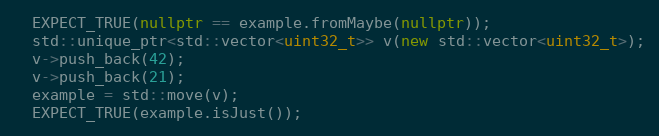
Language: C++
  EXPECT_TRUE(nullptr == example.fromMaybe(nullptr));
  std::unique_ptr<std::vector<uint32_t>> v(new std::vector<uint32_t>);
  v->push_back(42);
  v->push_back(21);
  example = std::move(v);
  EXPECT_TRUE(example.isJust());